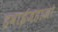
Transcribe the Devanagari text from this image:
हवाईजहाजो